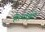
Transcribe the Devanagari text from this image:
है।मांझी